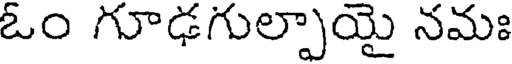
ఓం గూఢగుల్పాయై నమః